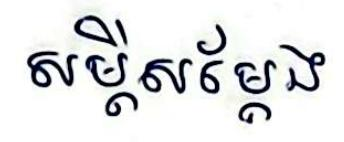
សម្ដីសម្ដែង